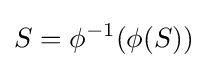
S=\phi ^{-1}(\phi (S))